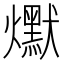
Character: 𰟵